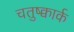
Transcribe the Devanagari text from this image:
चतुष्क्वार्क